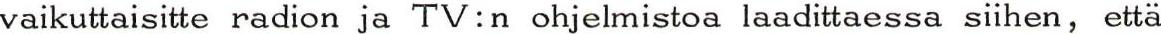
vaikuttaisitte radion ja TV:n ohjelmistoa laadittaessa siihen, että